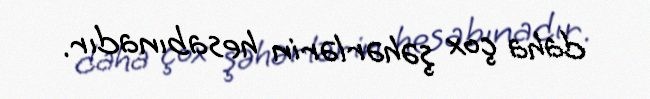
daha çox şəhərlərin hesabınadır.